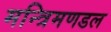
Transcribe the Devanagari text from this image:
मन्त्रिमणडल